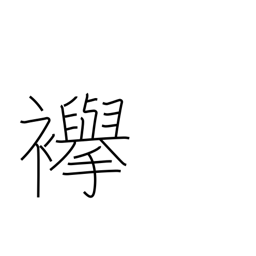
Meaning: cord to hold up sleeves